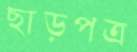
ছাড়পত্র